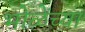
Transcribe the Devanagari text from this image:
भोळेंच्या